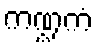
ကဏ္ဍကံ